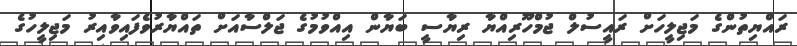
ރައްޔިތުންގެ މަޖިލީހަށް ރައީސުލް ޖުމްހޫރިއްޔާ ރިޔާސީ ބަޔާން އިއްވުމުގެ ޖަލްސާއަށް ތައްޔާރުވެފައިވާއިރު މަޖިލީހުގެ